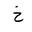
Letter: _kha